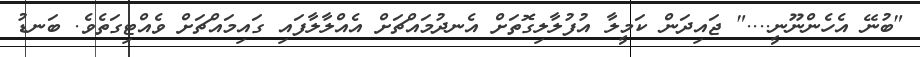
"ބުނޭ އެހެންނޫނީ...." ޖައިދަން ކަމީލާ އުފުލާލިގޮތަށް އެނދުމައްޗަށް އެއްލާލާފައި ގައިމައްޗަށް ވެއްޓިގަތެވެ. ބަނޑު